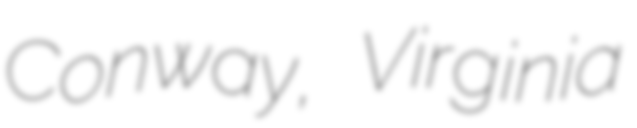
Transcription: Conway, Virginia